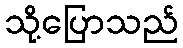
သို့ပြောသည်